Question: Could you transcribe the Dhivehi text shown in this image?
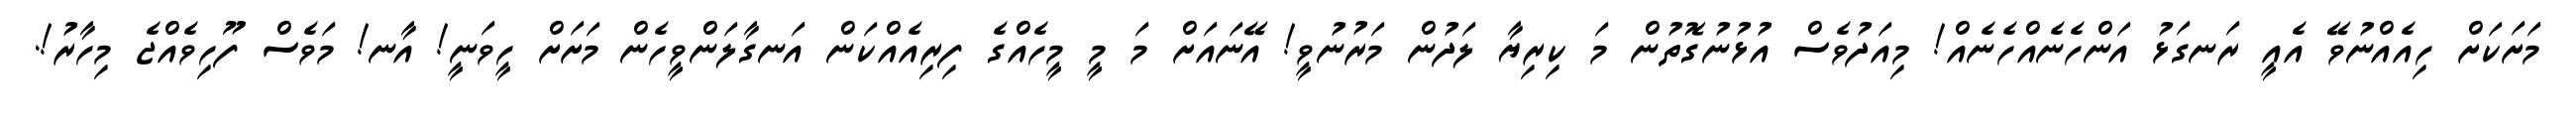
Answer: މަށަކަށް ހިއެއްނުވޭ އެއީ ރަނގަޅު އަންހެނެއްހެނެއް! މިއަދުވެސް އުޅުނުގޮތުން މަ ކިރިޔާ ލަދުން މަރުނުވީ! އޭނައަށް މަ މީ މީހެއްގެ ފިރިއެއްކަން އަނގާލަންވީހެން މަށަށް ހީވަނީ! އާނ! މަވެސް ފޫހިވެއްޖެ މިހާރު!.